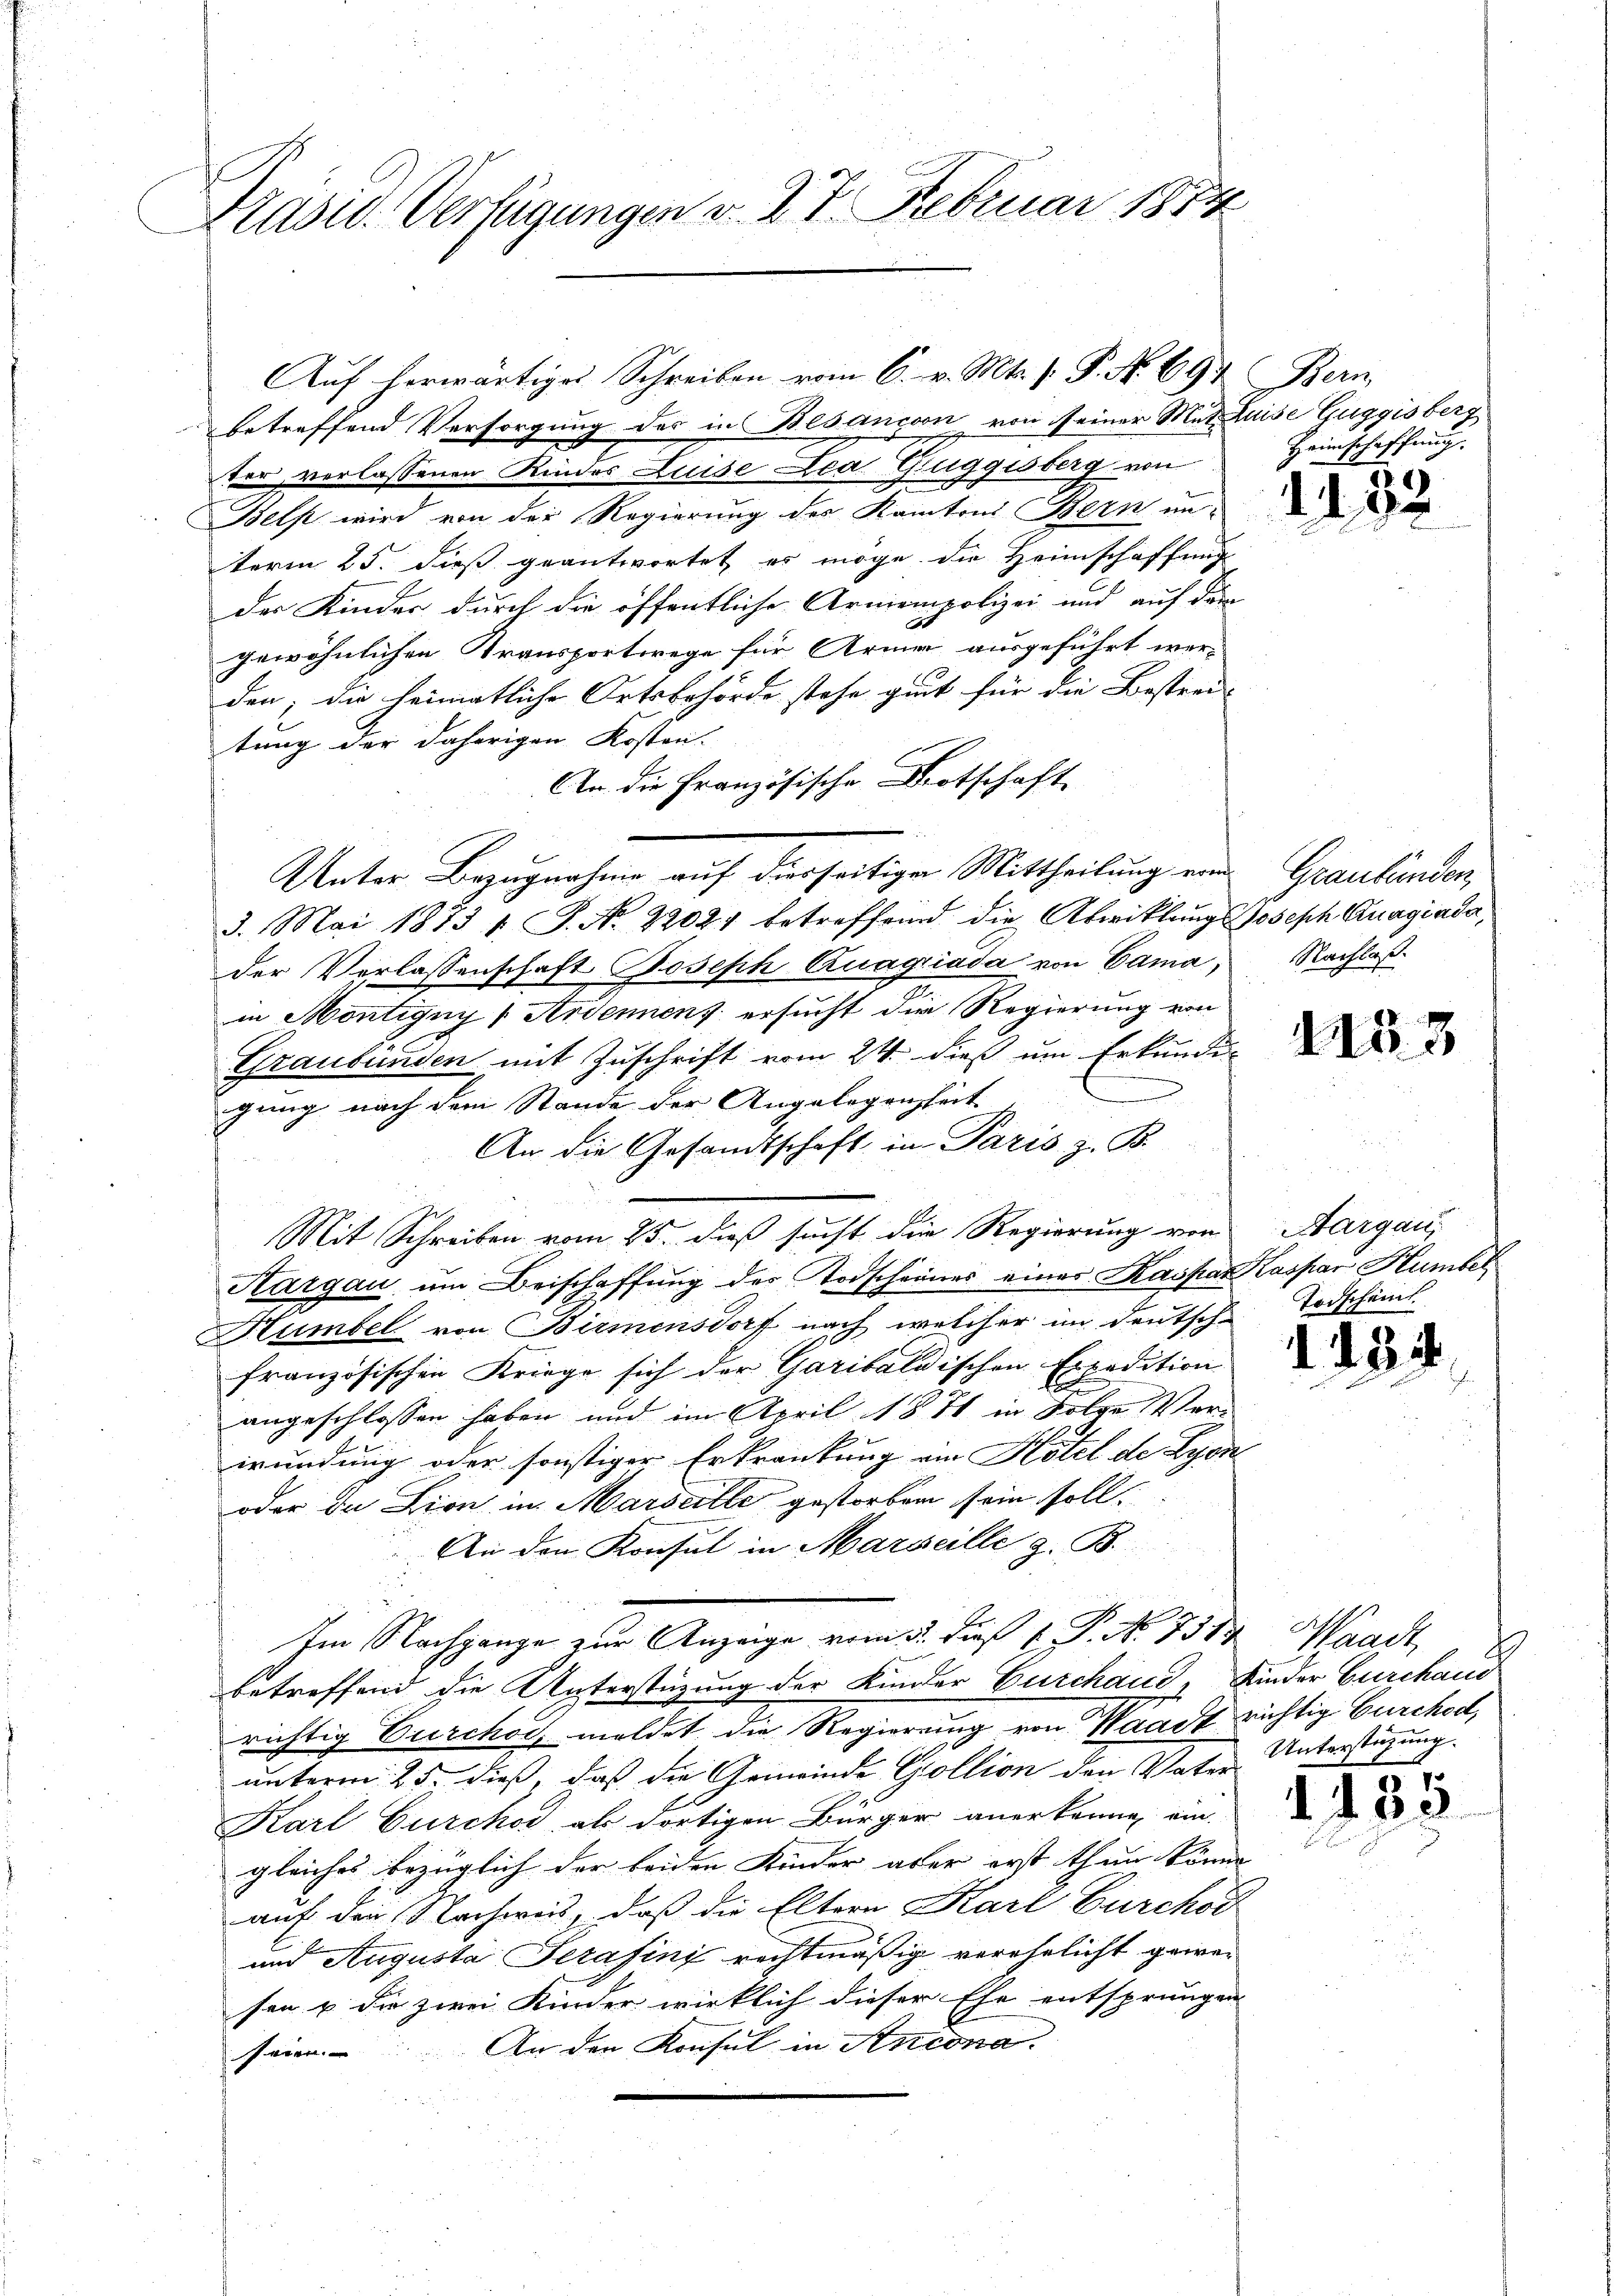
Präsid. Verfügungen v. 27 Februar 1854

Auf herwärtiges Schreiben vom 6. v. Mts. f. P. No. 697. Bern
betreffend Versorgung des in Besancoon von seiner Mut Luise Guggisberg
ter verlassenen Kindes Luise Lea Zuggisberg von
Bels wird von der Regierung des Kantons Bern un-
term 25. dieß geantwortet es möge. Die Heimschaffung
der Kinder durch die öffentliche Armenpolizei und auf dem
gewöhnlichen Transportwege für Armen ausgeführt wer-
den; die heimatliche Ortsbehörde stehe gut für die Bestrei
tung der daherigen Kosten.
An die Französische Botschaft
Unter Bezugnahme auf derseitige Mittheilung eine Graubünden,
3. Mai 1873 l. J. N. 22021 betreffend die Abwicklung Joseph Cragiada,
der Verlassenschaft Joseph Quagiada von Cama,
in Montigny (Ardenen ersucht die Regierung von
Graubünden mit Zuschrift vom 24. dieß um Erkundi-
gung nach dem Stande der Angelegenheit
An die Gesandtschaft in Paris z. B.
Mit Schreiben vom 25. dieß sucht die Regierung von Aargau,
Aargau um Beischaffung des Todscheines einer Kaspar Kaspar Humbek
Humbel von Birmensdorf nach welcher im Deutsch-
französischen Kriege sich der Garibaldischen Expedition
angeschlossen haben und im April 1871 in Folge Ver-
wundung oder sonstiger Erkrankung ein Hotel de Lyon
oder da Lion in Marseille gestorben sein soll.
An den Konsul in Marseille z. B.
Im Nachgange zur Anzeige vom 5. dieß v. P. Nr. 7584, Waadt,
betreffend die Unterstüzung der Kinder Gurchaud, Kinder Burchaus
richtig Berchor, meldet die Regierung von Waadt richtig Gurchod,
unterm 25. dieß, daß die Gemeinde Zollion den Vater Unterstüzung
Karl Curchor als dortigen Bürger anerkenne ein
gleiches bezüglich der beiden Kinder aber erst thun könne
auf den Nachweis, daß die Eltern Karl Burchod
und Augusta Serasins rechtmäßig verehelicht gewe-
sen u. die zwei Kinder wirklich dieser Ehe entsprungen
sein. An den Konsul in Ancona.

Heimschaffung.

135

Nachlaß.

1153

Todscheint.

1459

h

1. 435